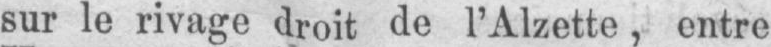
sur le rivage droit de l’Alzette, entre